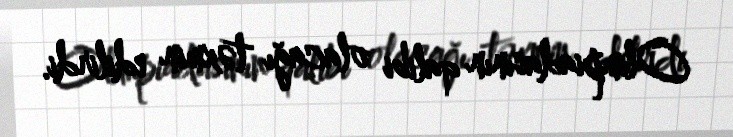
Olimpiadasının qalibi olacağı təxmin edilirdi.